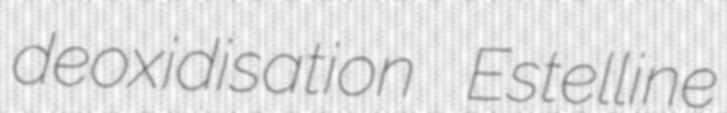
deoxidisation Estelline